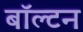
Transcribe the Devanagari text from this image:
बॉल्टन